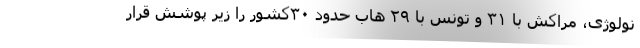
نولوژی، مراکش با ۳۱ و تونس با ۲۹ هاب حدود ۳۰کشور را زیر پوشش قرار